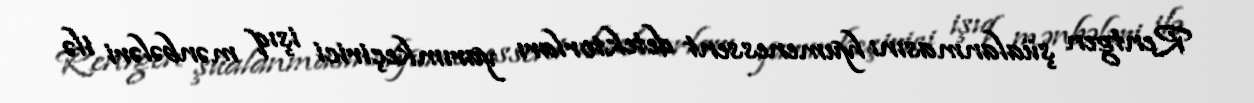
Rentgen şüalanmasını lyumenessent detektorları yarımkeçirici işıq mənbələri ilə